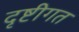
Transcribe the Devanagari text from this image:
दृष्टीगत